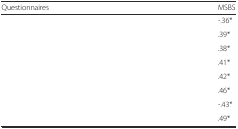
<table><thead><tr><td><b>Questionnaires</b></td><td><b>MSBS</b></td></tr></thead><tbody><tr><td>[EMPTY_CELL]</td><td>-.36*</td></tr><tr><td>[EMPTY_CELL]</td><td>.39*</td></tr><tr><td>[EMPTY_CELL]</td><td>.38*</td></tr><tr><td>[EMPTY_CELL]</td><td>.41*</td></tr><tr><td>[EMPTY_CELL]</td><td>.42*</td></tr><tr><td>[EMPTY_CELL]</td><td>.46*</td></tr><tr><td>[EMPTY_CELL]</td><td>-.43*</td></tr><tr><td>[EMPTY_CELL]</td><td>.49*</td></tr></tbody></table>